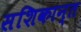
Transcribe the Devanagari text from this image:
सशिकान्त